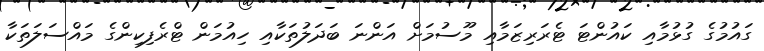
ގައުމުގެ ގުޅުމާއި ކައުންޓަ ޓެރަރިޒަމާއި މޫސުމަށް އަންނަ ބަދަލުތަކާއި ހިއުމަން ޓްރެފިކިންގެ މައްސަލަތަކާ